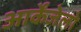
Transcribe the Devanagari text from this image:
आर्केंजेलो